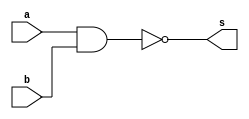
//---------------------
// Exemplo0006 - NAND
// Nome: Wellington Santos Corra
//---------------------

//---------------------
//--nand gate
//---------------------
module nandgate (output s,
					  input  a,
					  input  b);
  assign s = ( ~( a & b ));
endmodule // nand

//---------------------
//--test nand gate
//---------------------
module testnandgate;
//-------------------------dados locais
reg a, b; // definir registradores
wire s;
			// definir conexao (fio)
//-------------------------instancia
nandgate NAND1 (s, a, b);
//-------------------------preparacao
initial begin:start
				// atribuicao simultanea
				// dos valores iniciais
 a=0; b=0;
end
//-------------------------parte principal

initial begin
	$display("Exemplo0006 - Wellington Santos Corra - 472047");
	$display("Test NAND gate");
	$display("\na & b = s\n");
	a=0; b=0;
#1	$display("~(%b & %b) = %b", a, b, s);
	a=0; b=1;
#1	$display("~(%b & %b) = %b", a, b, s);
	a=1; b=0;
#1	$display("~(%b & %b) = %b", a, b, s);
	a=1; b=1;
#1	$display("~(%b & %b) = %b", a, b, s);
end

endmodule // testnandgate